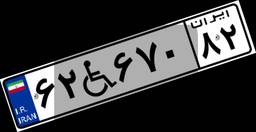
۱۲W۴۰۹۳۹